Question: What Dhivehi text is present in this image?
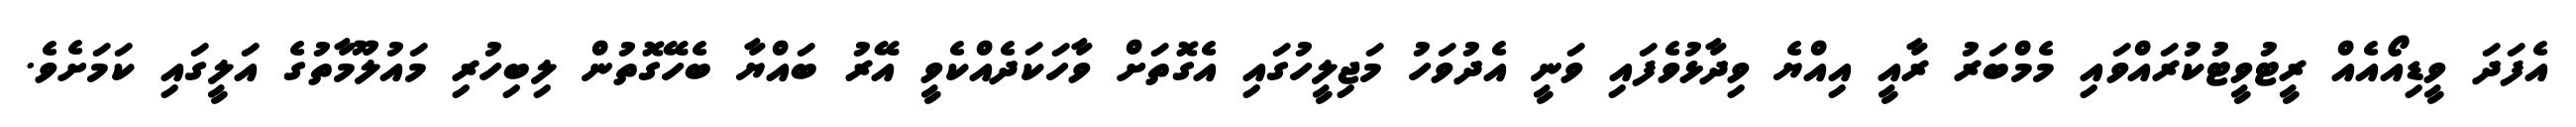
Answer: އެފަދަ ވީޑިއޯއެއް ރީޓުވީޓުކުރައްވައި މެމްބަރު ރާއީ އިއްޔެ ވިދާޅުވެފައި ވަނީ އެދުވަހު މަޖިލީހުގައި އެގޮތަށް ވާހަކަދެއްކެވީ އޭރު ބައްޔާ ބެހޭގޮތުން ލިބިހުރި މައުލޫމާތުގެ އަލީގައި ކަމަށެވެ.